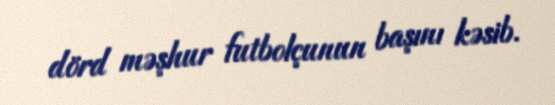
dörd məşhur futbolçunun başını kəsib.